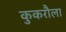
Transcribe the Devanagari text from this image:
कुकरौला